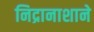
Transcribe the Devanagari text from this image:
निद्रानाशाने